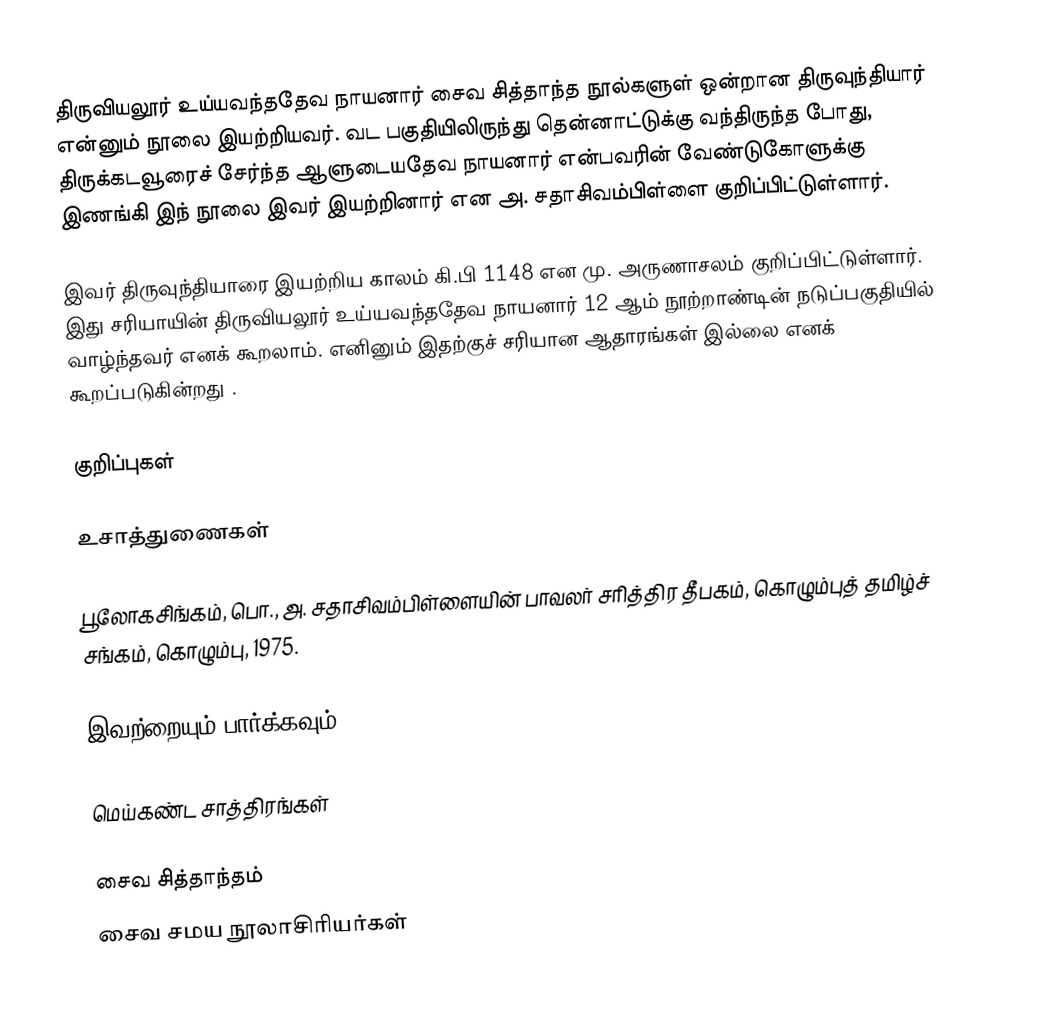
திருவியலூர் உய்யவந்ததேவ நாயனார் சைவ சித்தாந்த நூல்களுள் ஒன்றான திருவுந்தியார் என்னும் நூலை இயற்றியவர். வட பகுதியிலிருந்து தென்னாட்டுக்கு வந்திருந்த போது, திருக்கடவூரைச் சேர்ந்த ஆளுடையதேவ நாயனார் என்பவரின் வேண்டுகோளுக்கு இணங்கி இந் நூலை இவர் இயற்றினார் என அ. சதாசிவம்பிள்ளை குறிப்பிட்டுள்ளார்.

இவர் திருவுந்தியாரை இயற்றிய காலம் கி.பி 1148 என மு. அருணாசலம் குறிப்பிட்டுள்ளார். இது சரியாயின் திருவியலூர் உய்யவந்ததேவ நாயனார் 12 ஆம் நூற்றாண்டின் நடுப்பகுதியில் வாழ்ந்தவர் எனக் கூறலாம். எனினும் இதற்குச் சரியான ஆதாரங்கள் இல்லை எனக் கூறப்படுகின்றது .

குறிப்புகள்

உசாத்துணைகள்

 பூலோகசிங்கம், பொ., அ. சதாசிவம்பிள்ளையின் பாவலர் சரித்திர தீபகம், கொழும்புத் தமிழ்ச் சங்கம், கொழும்பு, 1975.

இவற்றையும் பார்க்கவும்

 மெய்கண்ட சாத்திரங்கள்

சைவ சித்தாந்தம்
சைவ சமய நூலாசிரியர்கள்